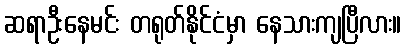
ဆရာဦးနေမင်း တရုတ်နိုင်ငံမှာ နေသားကျပြီလား။